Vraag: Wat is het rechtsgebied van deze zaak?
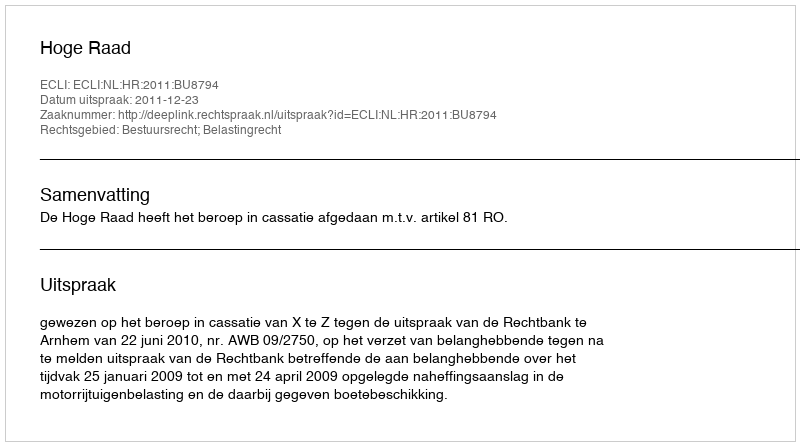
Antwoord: Bestuursrecht; Belastingrecht